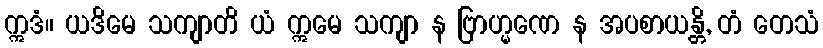
ဣဒံ။ ယဒိမေ သကျာတိ ယံ ဣမေ သကျာ န ဗြာဟ္မဏေ န အပစာယန္တိ, တံ တေသံ